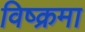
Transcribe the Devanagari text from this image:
विष्क्रमा